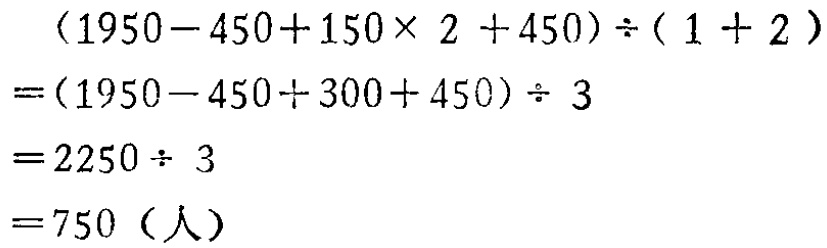
\[
\begin{align*}
&(1950 - 450 + 150\times 2 + 450)\div(1 + 2)\\
=&(1950 - 450 + 300 + 450)\div 3\\
=&2250\div 3\\
=&750（人）
\end{align*}
\]